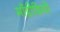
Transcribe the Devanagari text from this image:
माँट्वीडियो